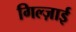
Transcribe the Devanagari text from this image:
गिल्ज़ाई